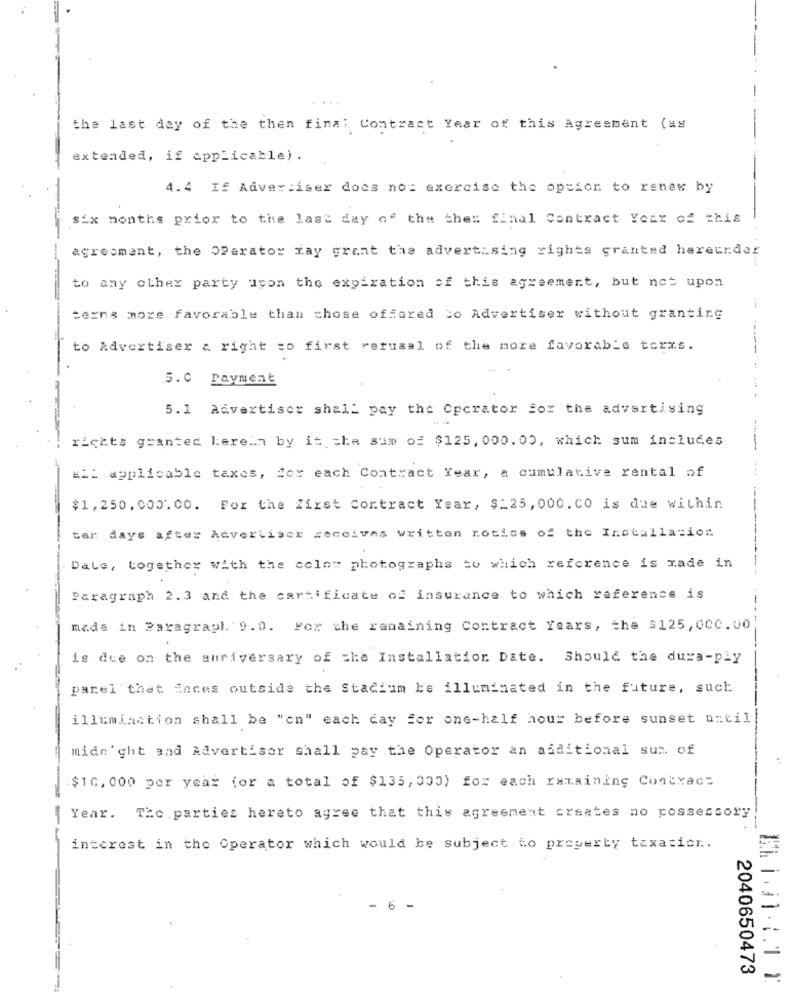
....
the last day of the then fina; Contract Year of this Agreement (as
extended, if applicable) .
4.4 If Advertiser does no: exercise the option to renew by
Six months prior to the last day of the the: final Contract Year of this
agreement, the OParator may grant the advertising rights granted hereurder
to any other party upon the expiration of this agreement, but not upon
terns more favorable than those offered to Advertiser without granting
to Advertiser & right to first refusal of the more favorable torxs.
5.0 Payment
5.1 Advertiser shall pay the Operator for the advertising
richts granted herein by it che sum of $125, 000.00, which sum includes
all applicable taxes, for each Contract fear, a cumulative rental af
$1,250, 000.00. For the first Contract Year, $=25, 000. CO is due within
tar days after Advertiser seceives written notice of the Installation
Date, together with the colos photographs to which reference is made in
Paragraph 2.3 and the carhificate of insurance to which reference is
made in Paragraph. 9.0. For the remaining Contract Years, the $125,00C.00)
is due on the anriversary of the Installation. Date. Should the dura-ply
parel thet faces outside the Stadium be illuminated in the future, such
illuminction shall be "en" each day for one-half hour before sunset until
midnight and Advertiser shall pay the Operator an additional sus. of
$10,000 per year (or a total of $135, 000) for each remaining Contract
Year. The parties hereto agree that this agreement creates no possessory
interest in the Operator which would be subject to property taxaticr.
- 6 -
2040650473
-